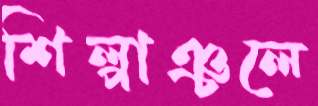
শিল্পাঞ্চলে